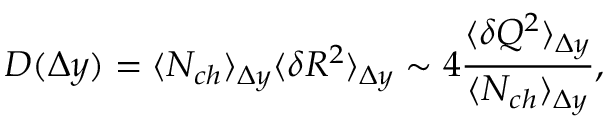
D ( \Delta y ) = \langle N _ { c h } \rangle _ { \Delta y } \langle \delta R ^ { 2 } \rangle _ { \Delta y } \sim 4 \frac { \langle \delta Q ^ { 2 } \rangle _ { \Delta y } } { \langle N _ { c h } \rangle _ { \Delta y } } ,